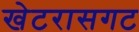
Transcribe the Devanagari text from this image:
खेटरासगट